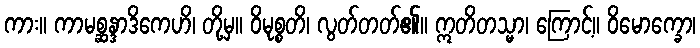
ကား။ ကာမစ္ဆန္ဒာဒိကေဟိ၊ တို့မှ။ ဝိမုစ္စတိ၊ လွတ်တတ်၏။ ဣတိတသ္မာ၊ ကြောင့်။ ဝိမောက္ခော၊